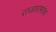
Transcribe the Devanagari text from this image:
राजारामांचा